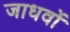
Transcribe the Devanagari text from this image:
जाधवों